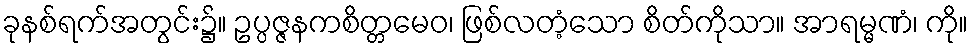
ခုနစ်ရက်အတွင်း၌။ ဥပ္ပဇ္ဇနကစိတ္တမေဝ၊ ဖြစ်လတံ့သော စိတ်ကိုသာ။ အာရမ္မဏံ၊ ကို။